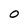
Character: 0